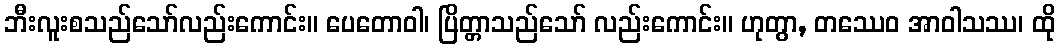
ဘီးလူးစသည်သော်လည်းကောင်း။ ပေတောဝါ၊ ပြိတ္တာသည်သော် လည်းကောင်း။ ဟုတွာ, တဿေဝ အာဝါသဿ၊ ထို